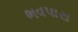
ભવપારા